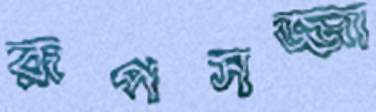
রূপসজ্জা